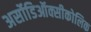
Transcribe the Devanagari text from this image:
अर्सोडिऑक्सीकोलिक